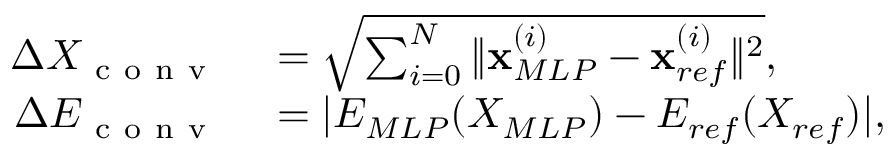
\begin{array} { r l } { \Delta X _ { \mathrm { ~ c ~ o ~ n ~ v ~ } } } & { { } = \sqrt { \sum _ { i = 0 } ^ { N } \| \mathbf { x } _ { M L P } ^ { ( i ) } - \mathbf { x } _ { r e f } ^ { ( i ) } \| ^ { 2 } } , } \\ { \Delta E _ { \mathrm { ~ c ~ o ~ n ~ v ~ } } } & { { } = | E _ { M L P } ( X _ { M L P } ) - E _ { r e f } ( X _ { r e f } ) | , } \end{array}